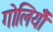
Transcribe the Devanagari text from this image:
गोलियोँ